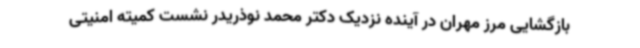
بازگشایی مرز مهران در آینده نزدیک دکتر محمد نوذریدر نشست کمیته امنیتی